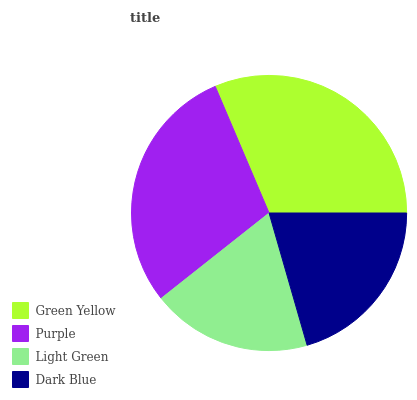
| Green Yellow | Purple | Light Green | Dark Blue |
 | --- | --- | --- | --- |
 | 31.4% | 29.3% | 18.8% | 20.5% |